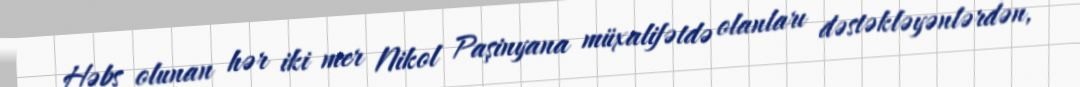
Həbs olunan hər iki mer Nikol Paşinyana müxalifətdə olanları dəstəkləyənlərdən,